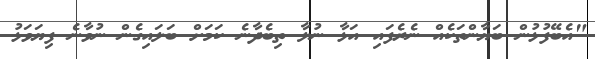
"އެބޭފުޅުން ބަޔާންތަކެއް ނެރެފައި އަޅާ ނުލާ ތިބެދާނެ ކަމަށް ބަލައިގެން ނުވާނެ ފިޔަވަޅު